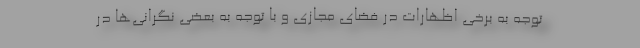
توجه به برخی اظهارات در فضای مجازی و با توجه به بعضی نگرانی‌ها در